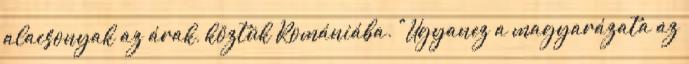
alacsonyak az árak, köztük Romániába. "Ugyanez a magyarázata az